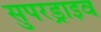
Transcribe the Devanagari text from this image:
सुपरड्राइव